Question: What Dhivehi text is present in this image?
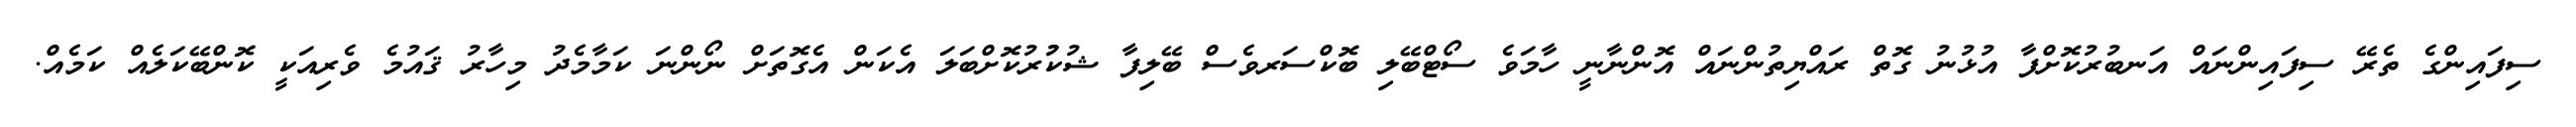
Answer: ސިފައިންގެ ތެރޭ ސިފައިންނައް އަނބުރުކޮށްފާ އުޅުނު ގޮތް ރައްޔިތުންނައް އޮންނާނީ ހާމަވެ ސޯޓްބޭލި ބޮކްސަރވެސް ބޭލިފާ ޝުކުުރުކޮށްބަލަ އެކަން އެގޮތަށް ނޯންނަ ކަމާމެދު މިހާރު ޤައުމެ ވެރިއަކީ ކޮންބޭކަލެއް ކަމެއް.